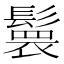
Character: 𮫏